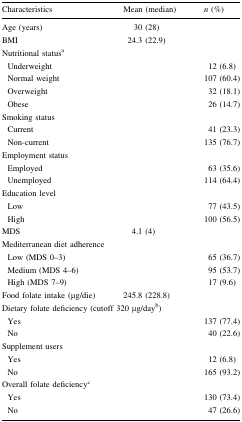
<table><thead><tr><td><b>Characteristics</b></td><td><b>Mean (median)</b></td><td><b><i>n</i> (%)</b></td></tr></thead><tbody><tr><td>Age (years)</td><td>30 (28)</td><td></td></tr><tr><td>BMI</td><td>24.3 (22.9)</td><td></td></tr><tr><td colspan="3">Nutritional status<sup>a</sup></td></tr><tr><td> Underweight</td><td></td><td>12 (6.8)</td></tr><tr><td> Normal weight</td><td></td><td>107 (60.4)</td></tr><tr><td> Overweight</td><td></td><td>32 (18.1)</td></tr><tr><td> Obese</td><td></td><td>26 (14.7)</td></tr><tr><td colspan="3">Smoking status</td></tr><tr><td> Current</td><td></td><td>41 (23.3)</td></tr><tr><td> Non-current</td><td></td><td>135 (76.7)</td></tr><tr><td colspan="3">Employment status</td></tr><tr><td> Employed</td><td></td><td>63 (35.6)</td></tr><tr><td> Unemployed</td><td></td><td>114 (64.4)</td></tr><tr><td colspan="3">Education level</td></tr><tr><td> Low</td><td></td><td>77 (43.5)</td></tr><tr><td> High</td><td></td><td>100 (56.5)</td></tr><tr><td>MDS</td><td>4.1 (4)</td><td></td></tr><tr><td colspan="3">Mediterranean diet adherence</td></tr><tr><td> Low (MDS 0–3)</td><td></td><td>65 (36.7)</td></tr><tr><td> Medium (MDS 4–6)</td><td></td><td>95 (53.7)</td></tr><tr><td> High (MDS 7–9)</td><td></td><td>17 (9.6)</td></tr><tr><td>Food folate intake (μg/die)</td><td>245.8 (228.8)</td><td></td></tr><tr><td colspan="3">Dietary folate deficiency (cutoff 320 μg/day<sup>b</sup>)</td></tr><tr><td> Yes</td><td></td><td>137 (77.4)</td></tr><tr><td> No</td><td></td><td>40 (22.6)</td></tr><tr><td colspan="3">Supplement users</td></tr><tr><td> Yes</td><td></td><td>12 (6.8)</td></tr><tr><td> No</td><td></td><td>165 (93.2)</td></tr><tr><td colspan="3">Overall folate deficiency<sup>c</sup></td></tr><tr><td> Yes</td><td></td><td>130 (73.4)</td></tr><tr><td> No</td><td></td><td>47 (26.6)</td></tr></tbody></table>